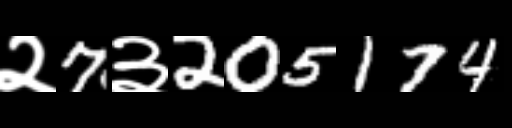
Text: २7३205174